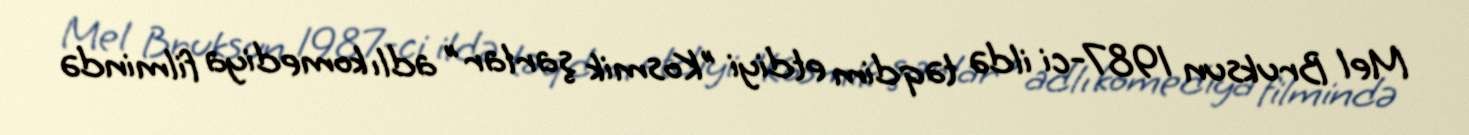
Mel Bruksun 1987-ci ildə təqdim etdiyi "Kosmik şarlar" adlı komediya filmində